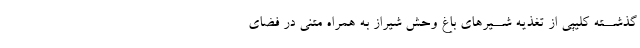
گذشــته کلیپى از تغذیه شــیرهاى باغ وحش شیراز به همراه متنى در فضاى